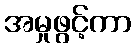
အမှုဖွင့်ကာ